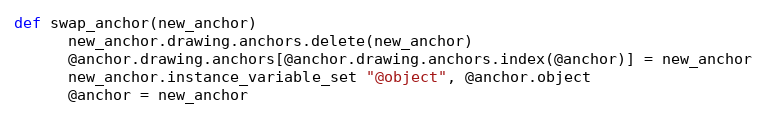
Language: Ruby
def swap_anchor(new_anchor)
      new_anchor.drawing.anchors.delete(new_anchor)
      @anchor.drawing.anchors[@anchor.drawing.anchors.index(@anchor)] = new_anchor
      new_anchor.instance_variable_set "@object", @anchor.object
      @anchor = new_anchor